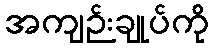
အကျဉ်းချုပ်ကို